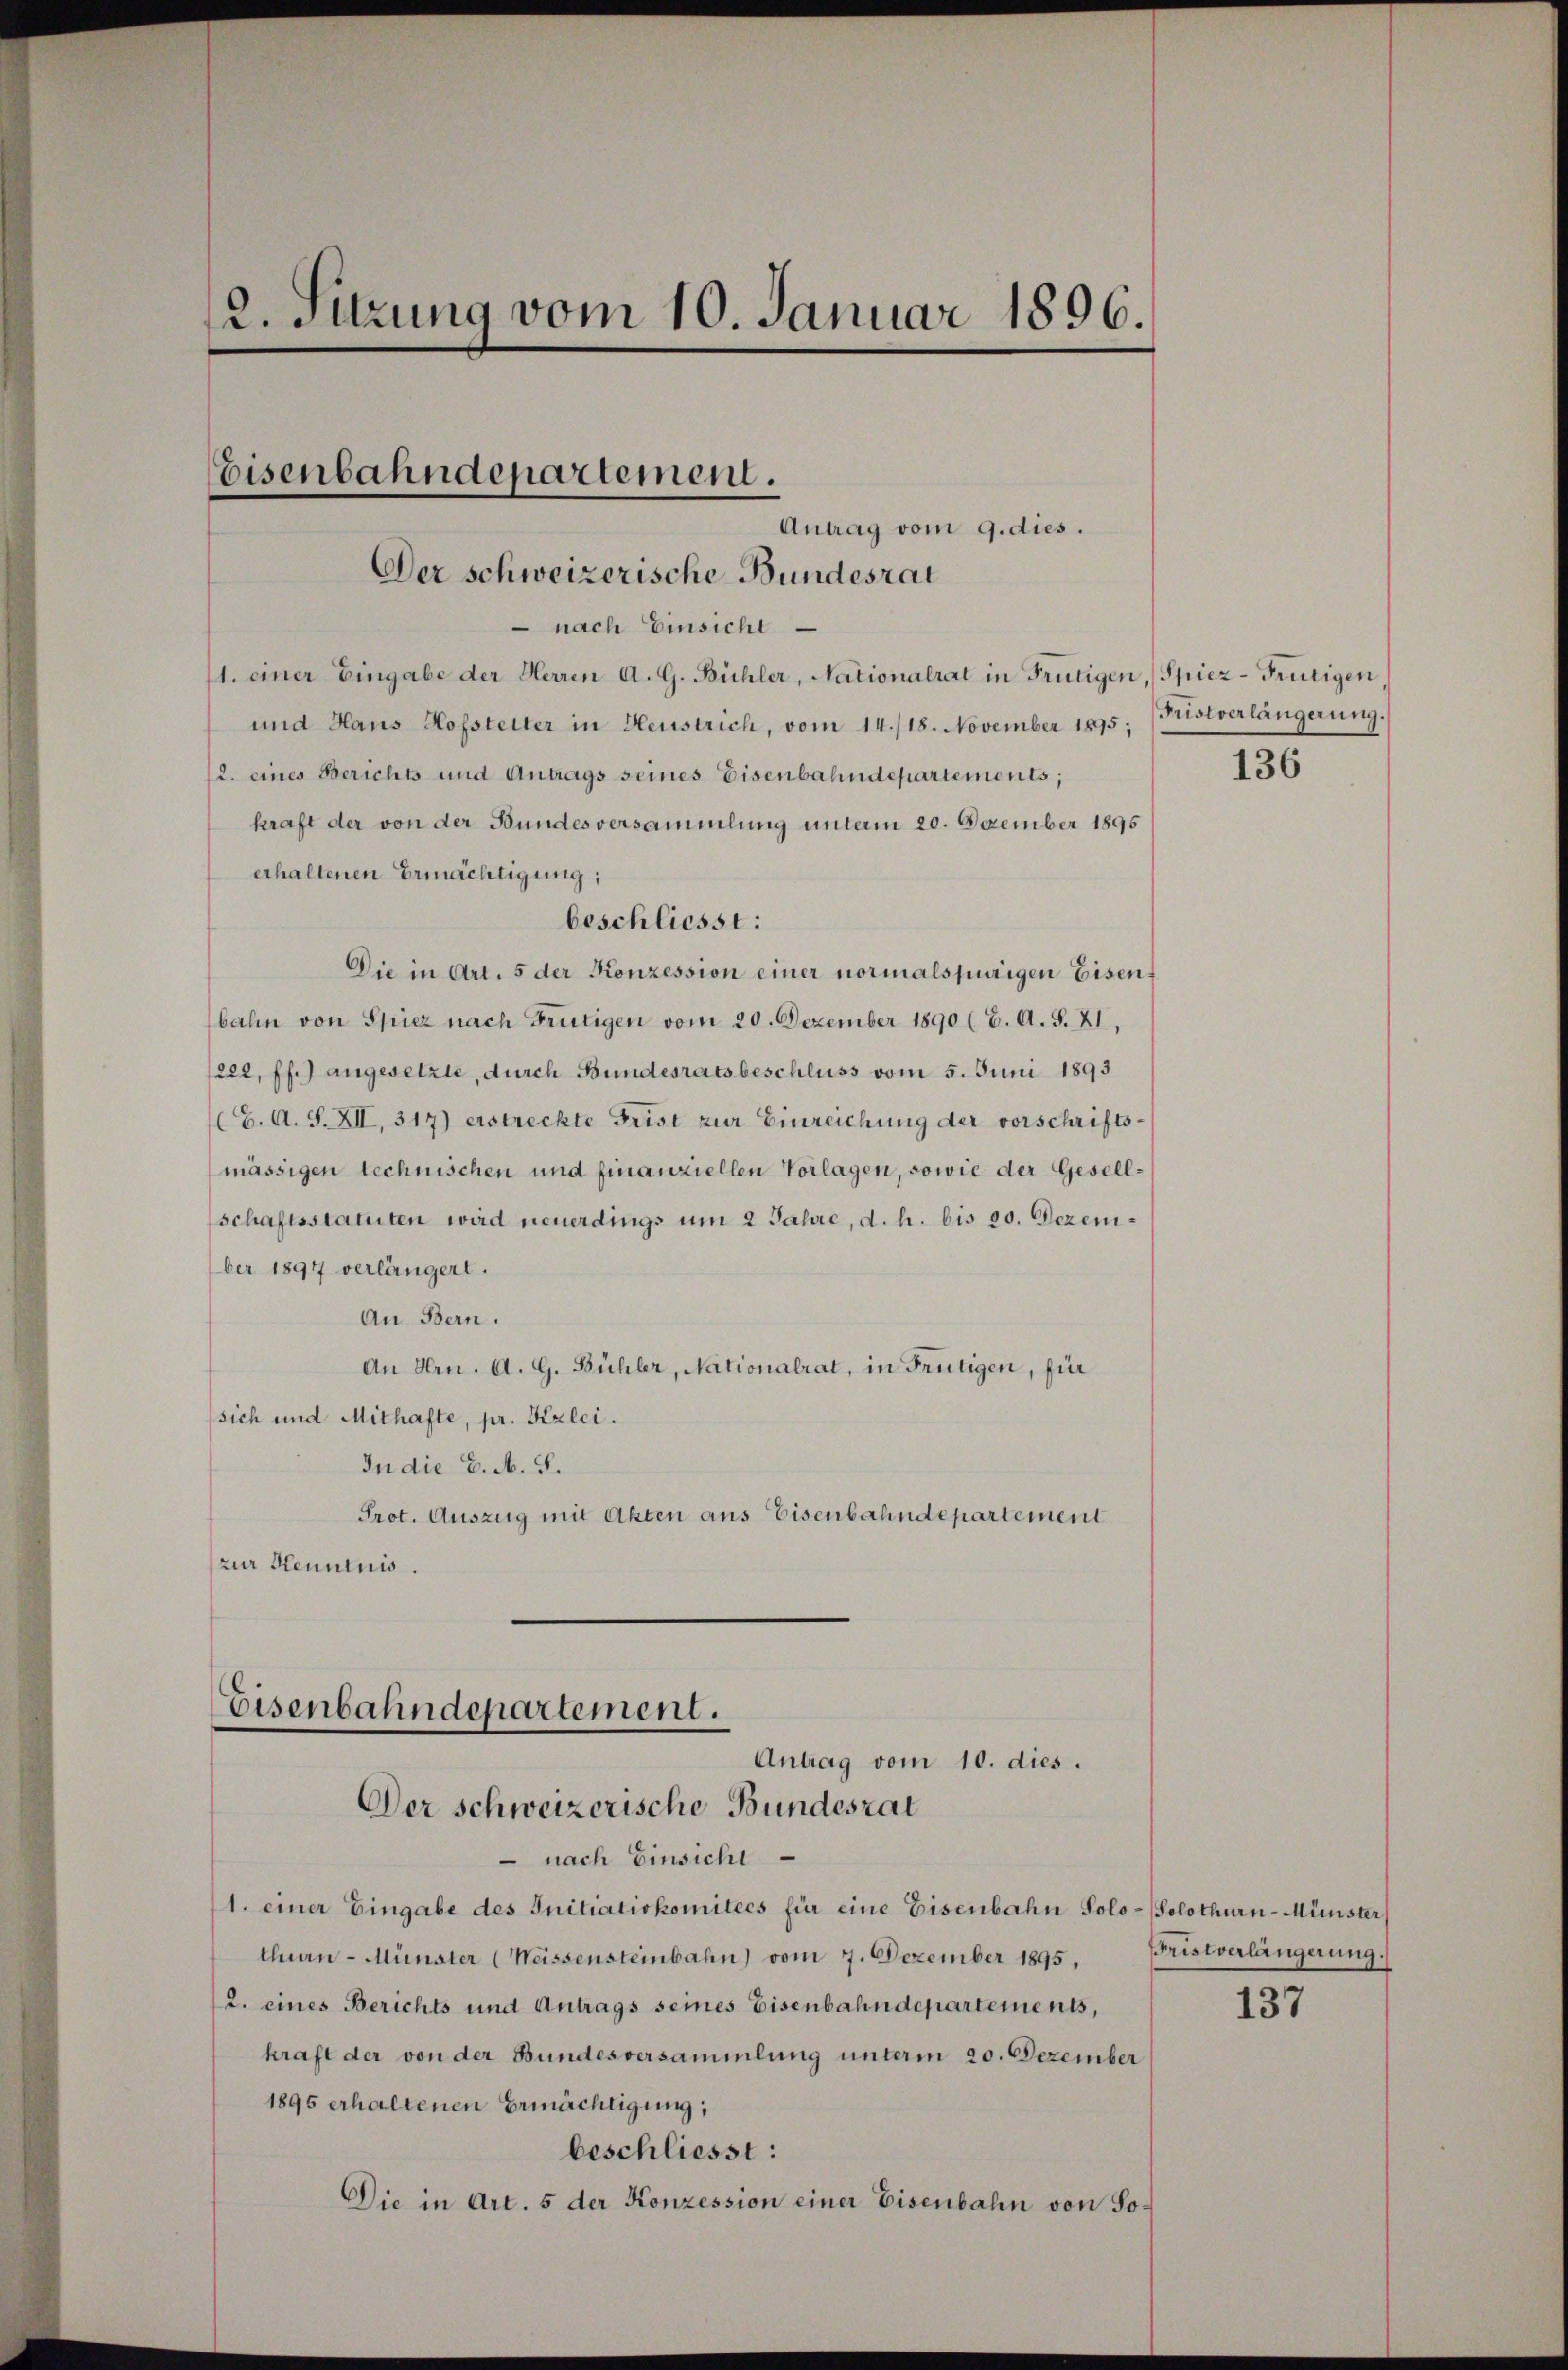
12. Sitzung vom 10. Januar 1896.

Der schweizerische Bundesrat
 nach Einsicht
1. einer Eingabe der Herren A. G. Bühler, Nationalrat in Frutigen, Spiez-Frutigen,
und Haus Hofsteller in Heustrich, vom 14./18. November 1895. (Kristverlängerung.
2. eines Berichts und Antrags seines Eisenbahndepartements;
kraft der von der Bundesversammlung unterm 20. Dezember 1895
erhaltenen Ermächtigung;
beschliesst:
Die in Art. 5 der Konzession einer normalspurigen Eisenbahn von Spiez nach Frutigen vom 20. Dezember 1890 (E. A. S. 21,
222 ff.) angesetzte, durch Bundesratsbeschluss vom 5. Juni 1893
(C. A. S. XII, 317) erstreckte Frist zur Einreichung der vorschriftsmässigen technischen und finanziellen Vorlagen, sowie der Gesellschaftsstatuten wird neuerdings um 2 Jahre, d. h. bis 20. Dezember 1897 verlängert.
An Bern.
An Hrn. A. G. Bühler, Nationalrat, in Frutigen, für
sich und Mithafte, pr. Kerlci.
In die E. M. S.
Prot. Auszug mit Akten aus Eisenbahndepartement
zur Henntnis.

Eisenbahndepartement.

Antrag vom 9. dies.

Eisenbahndepartement.
Antrag vom 10. dies.
Der schweizerische Bundesrat

nach Einsicht
1. einer Eingabe des Initiativkomitees für eine Eisenbahn Solo- (Solothurn-Münster
thuen-Münster (Weissensteinbahn) vom 7. Dezember 1895. Fristverlängerung.)
2. eines Berichts und Antrags seines Eisenbahndepartements,
kraft der von der Bundesversammlung unterm 20. Dezember
1895 erhaltenen Ermächtigung;
beschliesst:
Die in Art. 5 der Konzession einer Eisenbahn von So¬

136

137